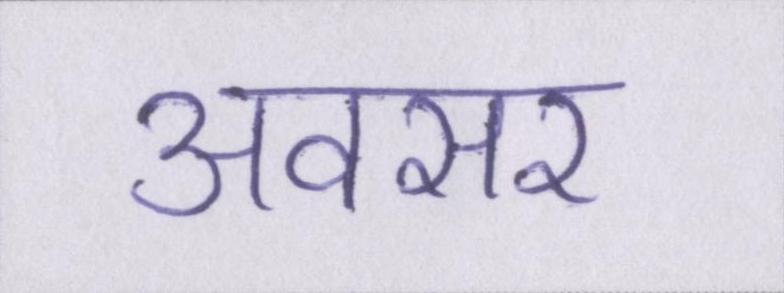
अवसर